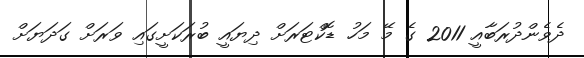
ދެވެންދުރަބާއީ 2011 ގެ މޭ މަހު ޑޮކްޓަރަށް ދިޔައީ ބުރަކަށީގައި ވަރަށް ގަދަޔަށް